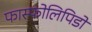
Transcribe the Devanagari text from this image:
फास्फोलिपिडों